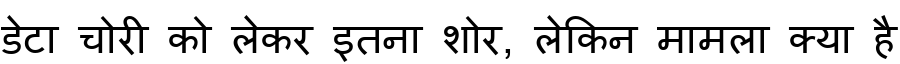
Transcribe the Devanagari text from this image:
डेटा चोरी को लेकर इतना शोर, लेकिन मामला क्या है